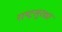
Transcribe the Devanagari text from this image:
राष्ट्रसुरक्षा